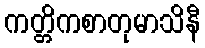
ကတ္တိကစာတုမာသိနီ